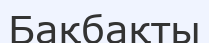
Бақбақты